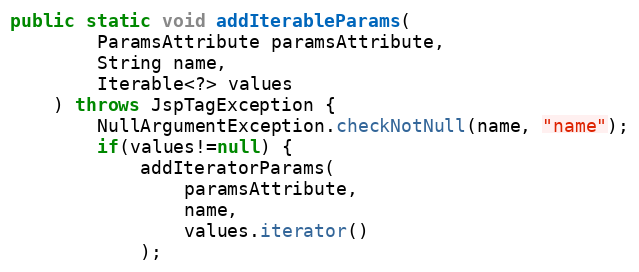
Language: Java
public static void addIterableParams(
		ParamsAttribute paramsAttribute,
		String name,
		Iterable<?> values
	) throws JspTagException {
		NullArgumentException.checkNotNull(name, "name");
		if(values!=null) {
			addIteratorParams(
				paramsAttribute,
				name,
				values.iterator()
			);